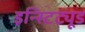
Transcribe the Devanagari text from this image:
इन्स्टिट्यूड